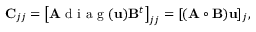
\mathbf { C } _ { j j } = \left[ \mathbf { A } \mathrm { ~ d ~ i ~ a ~ g ~ } ( \mathbf { u } ) \mathbf { B } ^ { t } \right] _ { j j } = [ ( \mathbf { A } \circ \mathbf { B } ) \mathbf { u } ] _ { j } ,